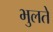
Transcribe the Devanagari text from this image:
भुलते